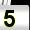
Digit: 5